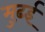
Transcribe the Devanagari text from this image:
मुढ़ई